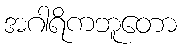
အဂါရိကဘူတော